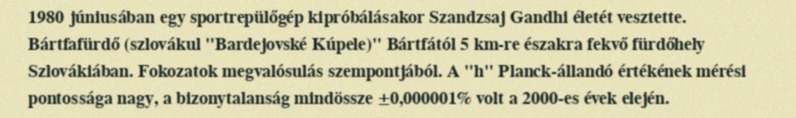
1980 júniusában egy sportrepülőgép kipróbálásakor Szandzsaj Gandhi életét vesztette. Bártfafürdő (szlovákul "Bardejovské Kúpele)" Bártfától 5 km-re északra fekvő fürdőhely Szlovákiában. Fokozatok megvalósulás szempontjából. A "h" Planck-állandó értékének mérési pontossága nagy, a bizonytalanság mindössze ±0,000001% volt a 2000-es évek elején.